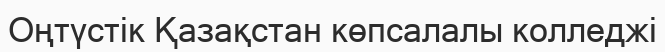
Оңтүстік Қазақстан көпсалалы колледжі